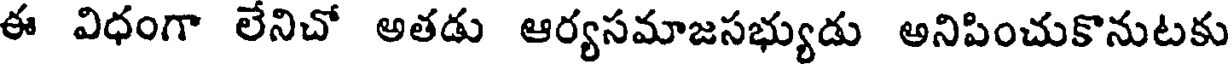
ఈ విధంగా లేనిచో అతడు ఆర్యసమాజసభ్యుడు అనిపించుకొనుటకు